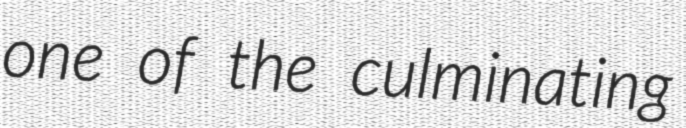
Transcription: one of the culminating